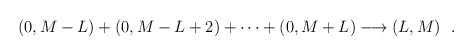
\begin{align*}(0,M-L)+(0,M-L+2)+\cdots +(0,M+L)\longrightarrow (L,M) \ \ .\end{align*}